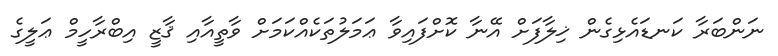
ނަންބަރާ ކަނޑައެޅިގެން ޚިލާފަށް އޭނާ ކޮށްފައިވާ ޢަމަލުތަކެއްކަމަށް ވާތީއާއި ޤާޒީ އިބްރާހީމް ޢަލީގެ